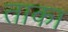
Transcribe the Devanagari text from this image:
ताका